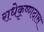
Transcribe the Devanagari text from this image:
राधेकृष्णदास